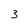
Character: 3